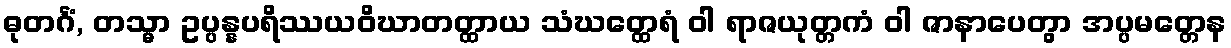
ဓုတင်္ဂံ, တသ္မာ ဥပ္ပန္နပရိဿယဝိဃာတတ္ထာယ သံဃတ္ထေရံ ဝါ ရာဇယုတ္တကံ ဝါ ဇာနာပေတွာ အပ္ပမတ္တေန